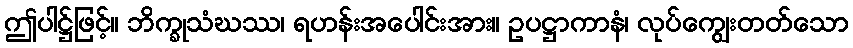
ဤပါဋ္ဌ်ဖြင့်။ ဘိက္ခုသံဃဿ၊ ရဟန်းအပေါင်းအား။ ဥပဋ္ဌာကာနံ၊ လုပ်ကျွေးတတ်သော